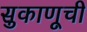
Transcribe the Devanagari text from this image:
सुकाणूची